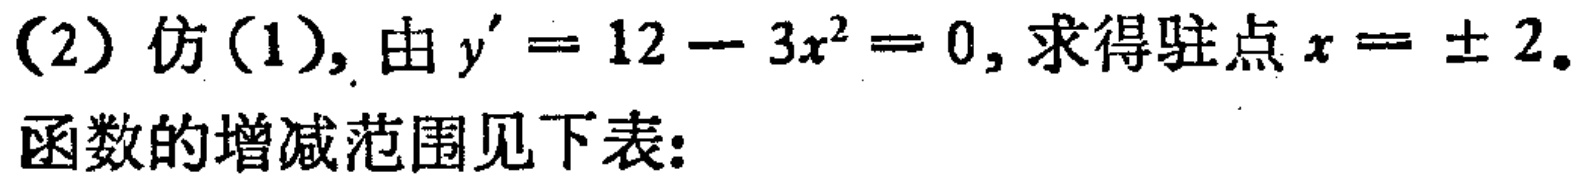
(2) 仿(1), 由 \(y^{\prime}=12 - 3x^{2}=0\), 求得驻点 \(x = \pm 2\).
函数的增减范围见下表: